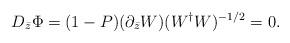
LaTeX: \begin{align*}D_{\bar{z}}\Phi=(1-P)(\partial_{\bar{z}}W)(W^\dag W)^{-1/2}=0.\end{align*}